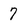
Character: 7